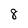
Character: 8